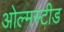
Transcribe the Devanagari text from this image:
ओल्मस्टीड